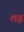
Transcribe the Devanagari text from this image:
शह्र